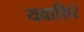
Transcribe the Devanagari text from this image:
यवाशिरं